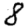
Digit: 8